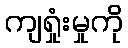
ကျရှုံးမှုကို